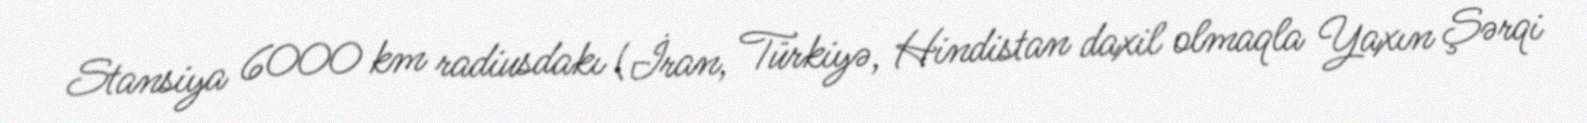
Stansiya 6000 km radiusdakı (İran, Türkiyə, Hindistan daxil olmaqla Yaxın Şərqi